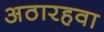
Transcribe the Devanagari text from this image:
अठारहवा